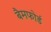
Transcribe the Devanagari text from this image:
बैमफोर्ड